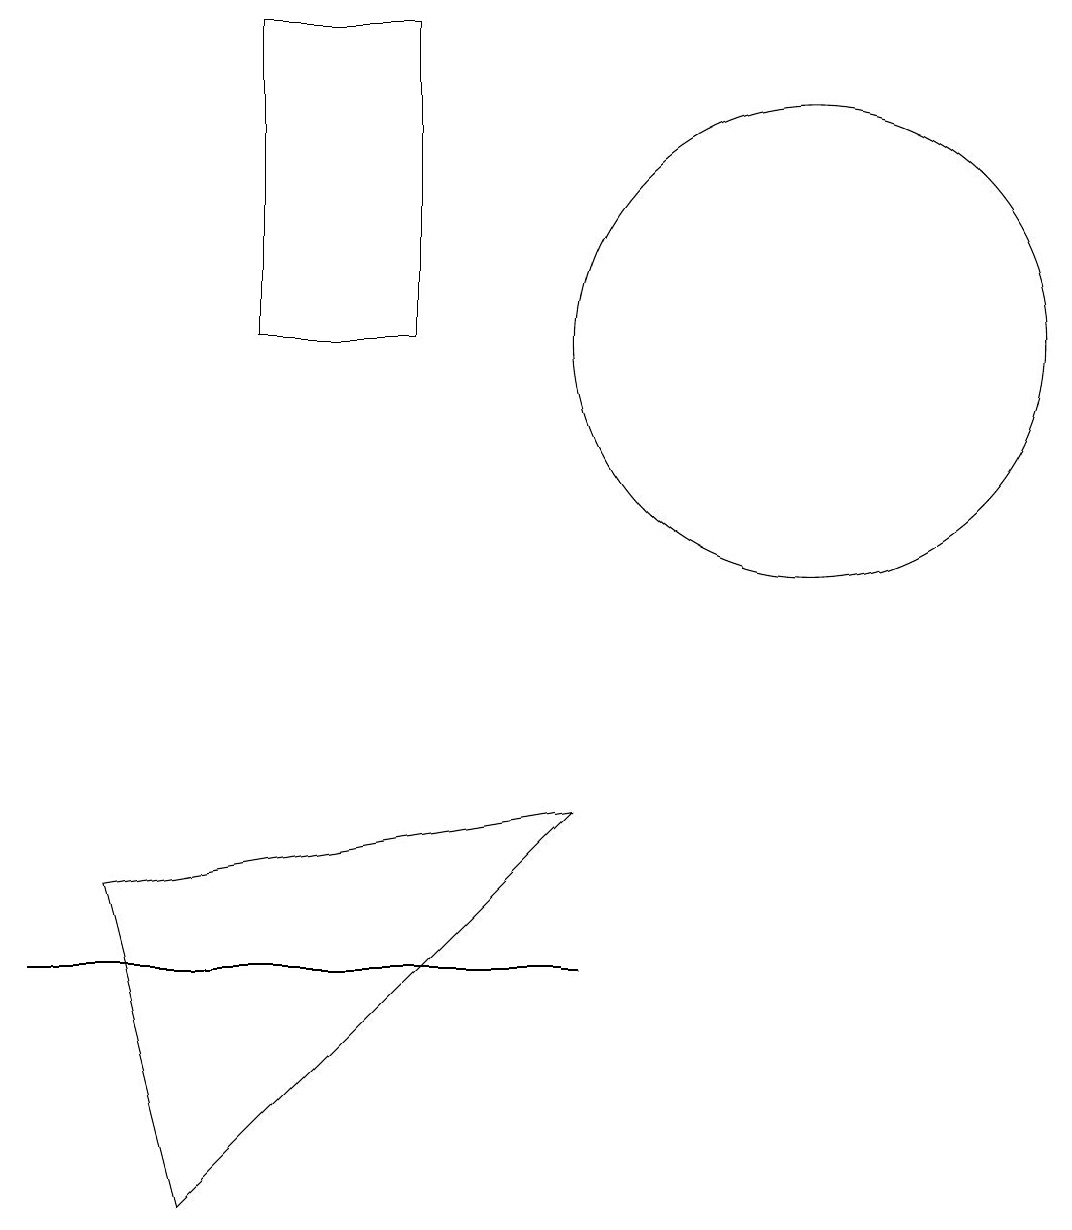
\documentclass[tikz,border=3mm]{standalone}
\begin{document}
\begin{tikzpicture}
\draw (7,6) -- (1,5) -- (2,1) -- cycle;
\draw (10,12) circle (3);
\draw (3,16) rectangle (5,12);
\draw (4,4) -- (7,4) -- (0,4) -- cycle;
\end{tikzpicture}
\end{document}